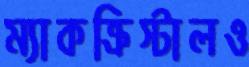
ম্যাকক্রিস্টালও